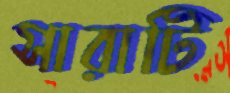
সারাটি